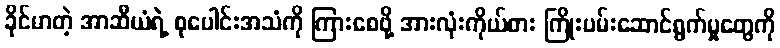
ခိုင်မာတဲ့ အာဆီယံရဲ့ စုပေါင်းအသံကို ကြားစေဖို့ အားလုံးကိုယ်စား ကြိုးပမ်းဆောင်ရွက်မှုတွေကို